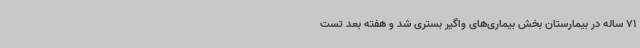
71 ساله در بیمارستان بخش بیماری‌های واگیر بستری شد و هفته بعد تست